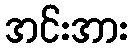
အင်းအား